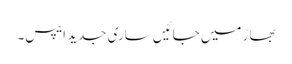
بھاڑ میں جائیں ساری جدید ایپس۔